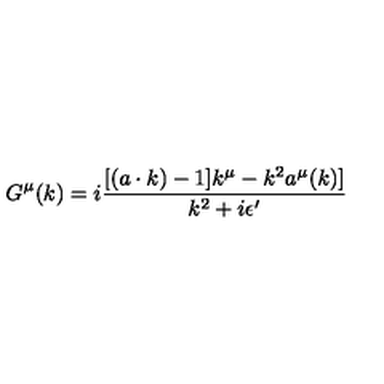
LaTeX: G ^ { \mu } ( k ) = i { \frac { [ ( a \cdot k ) - 1 ] k ^ { \mu } - k ^ { 2 } a ^ { \mu } ( k ) ] } { k ^ { 2 } + i \epsilon ^ { \prime } } }